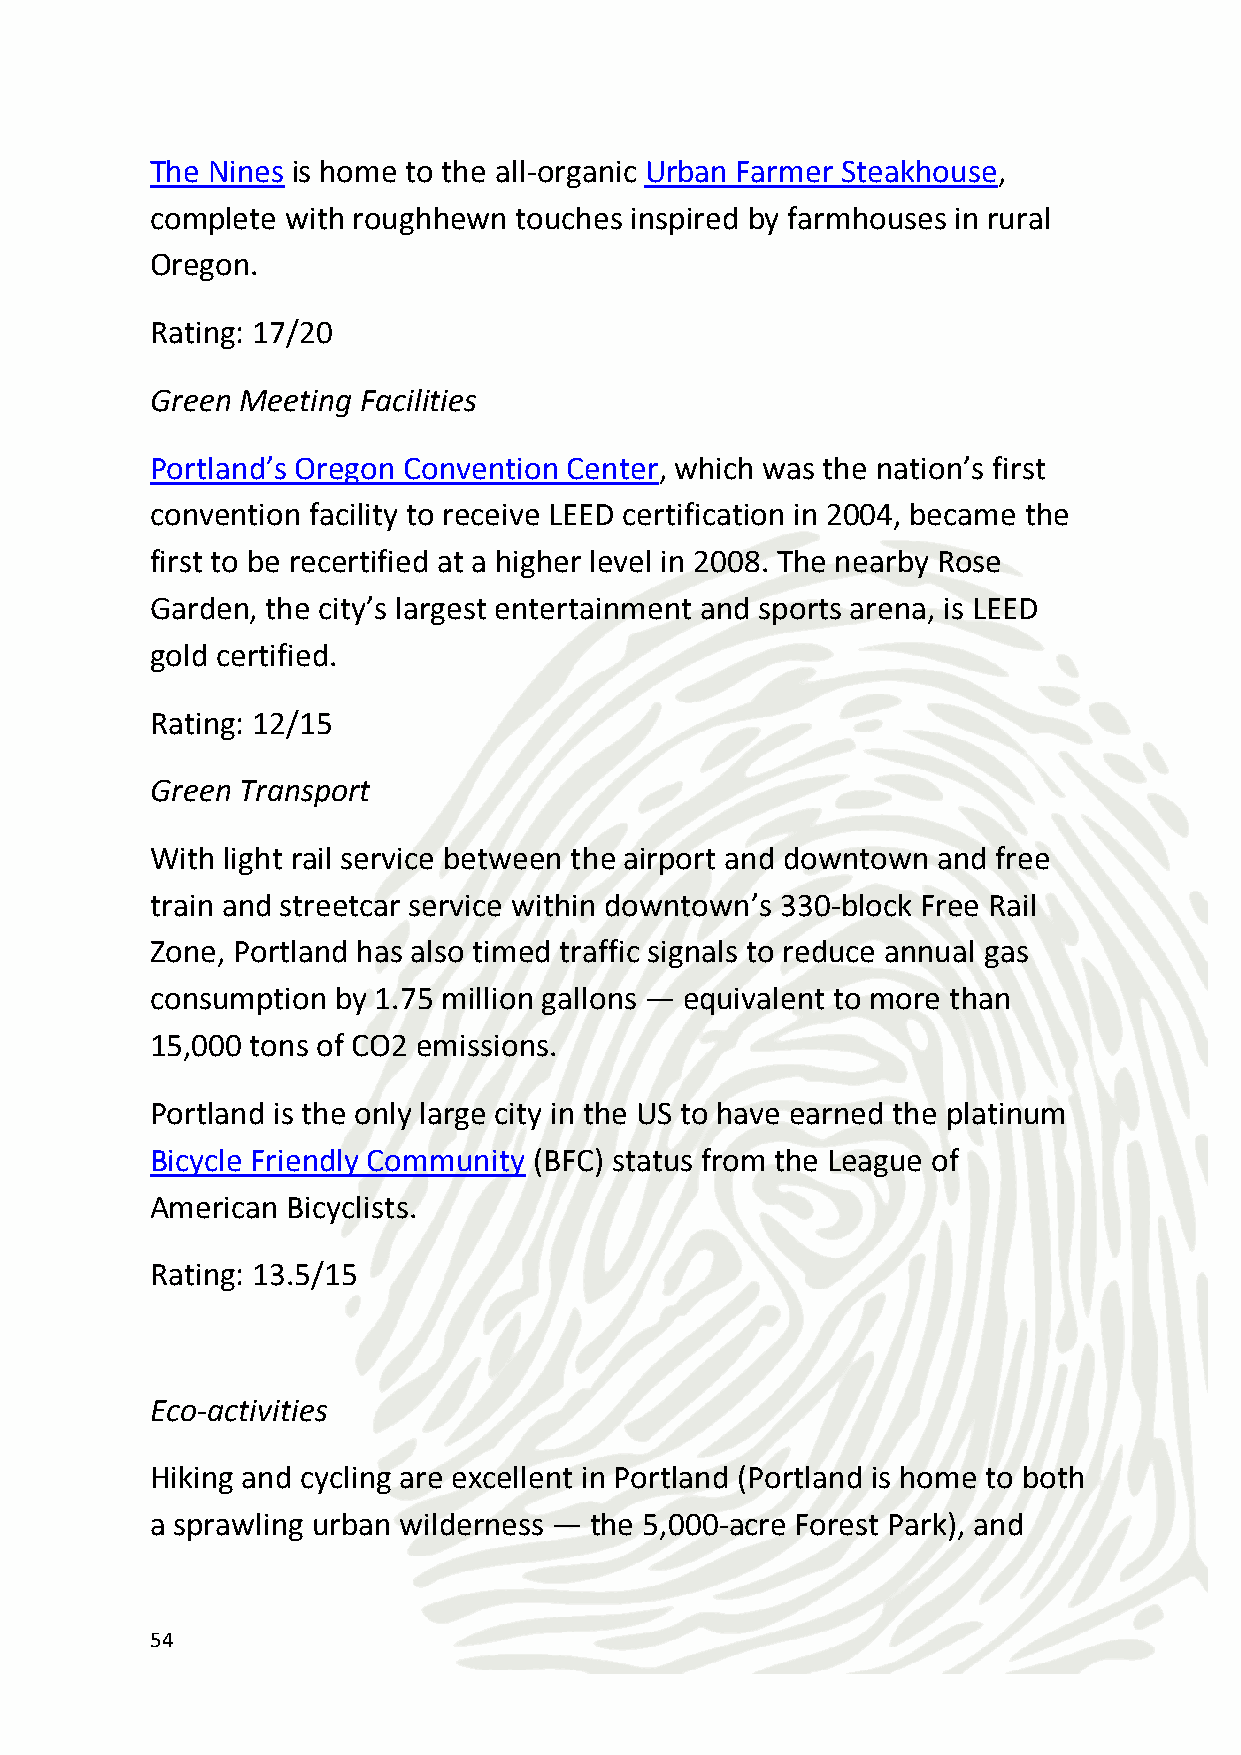
Eastern Oregon hosts some of the best windsurfing and kite surfing
 in the US.
 Rating: 12.75/15
 CSR Give-Back Opportunities
 Your company can assist at blood donation drives – providing
 excellent customer service so that the donors’ experience is positive
 and so that they wish to repeat it.
 Participants can help provide lunches to seniors in need.
 Your group can help at a program that teaches children how good
 food grows and how tasty freshly picked food is, maintaining garden
 boxes and surrounding grounds and packaging produce for families
 to take home.
 Rating: 5.25/15
 55